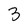
Character: 3